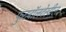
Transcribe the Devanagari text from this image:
फुटबॉलदेखील